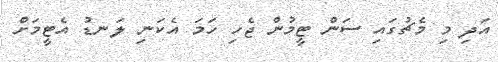
އަދި މި މެޗުގައި ސަން ޓީމުން ޖެހި ހަމަ އެކަނި ލަނޑު އެޓީމަށް